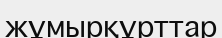
жұмырқұрттар